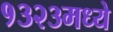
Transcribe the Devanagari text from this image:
१३२३मध्ये